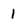
Character: 1